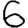
Digit: 6